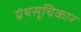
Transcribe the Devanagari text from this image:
ग्रंथसूचिकार